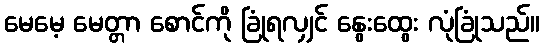
မေမေ့ မေတ္တာ စောင်ကို ခြုံရလျှင် နွေးထွေး လုံခြုံသည်။